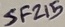
Text: SF215